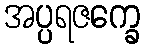
အပ္ပရဇက္ခေ